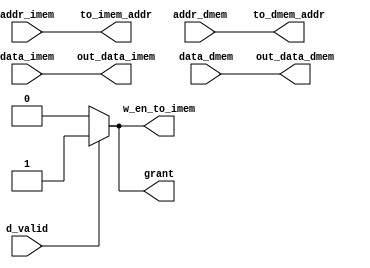
// Code your design here
`timescale 1ns/1ns
		
module simpleBus #(parameter n = 32, m=32)
				(input d_valid,
				//input w_en_to_bus_for_dmem, // this comes directly from RISC-V controller
				input [7:0] data_imem, // 8bit from imem, need 4 times to get 32-bit instr
				input [m-1:0] addr_imem,
				input [n-1:0] data_dmem,
				input [m-1:0] addr_dmem,
				//output  w_en_to_dmem, // the value of "w_en_to_bus_for_dmem" is assigned to "w_en_to_dmem"
				output reg w_en_to_imem,
				output reg grant, //grant send to StP module after receiving each 8 bit to increase the i_mem addr
				output reg [7:0] out_data_imem, // each cell of I_mem is 8-bit, thus must be fit to 32-bit by logical extention
				output [n-1:0] out_data_dmem,
				output [m-1:0] to_dmem_addr, // can be shared for both I_mem and D_mem
				output reg [m-1:0] to_imem_addr); // can be shared for both I_mem and D_mem
				
	
	assign out_data_dmem = data_dmem;
	assign to_dmem_addr = addr_dmem;
	//assign w_en_to_dmem = w_en_to_bus_for_dmem;
		
	always @(*) begin
		out_data_imem = data_imem;
		to_imem_addr = addr_imem;
		if (d_valid) begin
			grant = 1;
			w_en_to_imem = 1;
		end	
		else begin
			grant = 0;
			w_en_to_imem = 0;
		end			
	end
endmodule